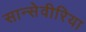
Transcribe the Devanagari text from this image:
सान्सेवीरिया